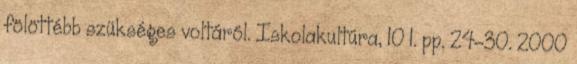
fölöttébb szükséges voltáról. Iskolakultúra, 10 1. pp. 24-30. 2000